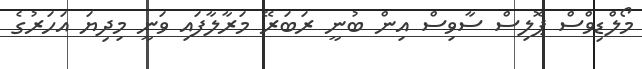
މޯލްޑިވްސް ޕޮލިސް ސާވިސް އިން ބުނީ ރަބަރޭ މަރާލާފައި ވަނީ މިދިޔަ އަހަރުގެ